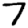
Digit: 7